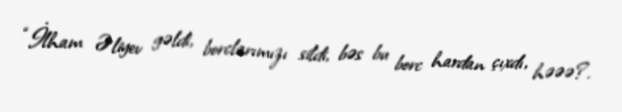
“İlham Əliyev gəldi, borclarımızı sildi, bəs bu borc hardan çıxdı, həəə?.